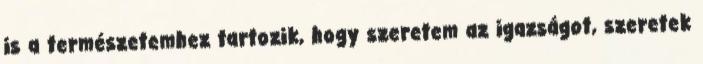
is a természetemhez tartozik, hogy szeretem az igazságot, szeretek